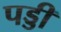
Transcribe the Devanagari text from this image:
पड्डी